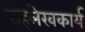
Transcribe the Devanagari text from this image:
सहलेखकार्य